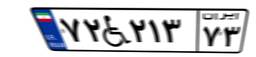
۷۲W۲۱۳۷۳